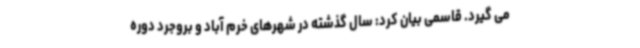
می گیرد. قاسمی بیان کرد: سال گذشته در شهرهای خرم آباد و بروجرد دوره